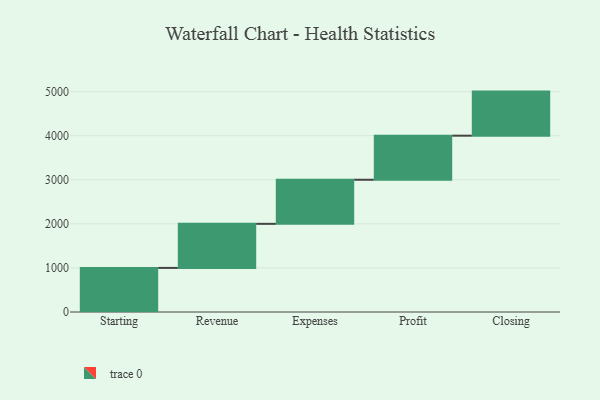
{"axis": {"x": "Step", "y": "Value"}, "legend": [""], "data": [{"x": "Starting", "y": 1000, "type": ""}, {"x": "Revenue", "y": 1000, "type": ""}, {"x": "Expenses", "y": 1000, "type": ""}, {"x": "Profit", "y": 1000, "type": ""}, {"x": "Closing", "y": 1000, "type": ""}]}